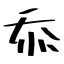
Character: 忝